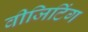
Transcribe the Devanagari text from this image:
वीजिटिंग